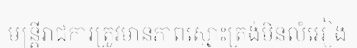
មន្ត្រីរាជការត្រូវមានភាពស្មោះត្រង់មិនលំអៀង